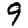
Digit: 9